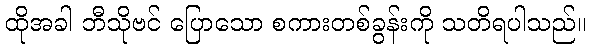
ထိုအခါ ဘီသိုဗင် ပြောသော စကားတစ်ခွန်းကို သတိရပါသည်။